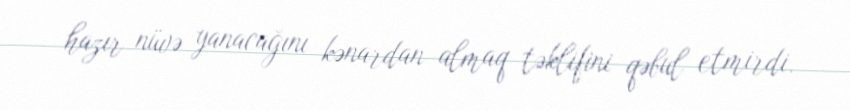
hazır nüvə yanacağını kənardan almaq təklifini qəbul etmirdi.